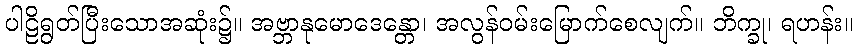
ပါဠိရွတ်ပြီးသောအဆုံး၌။ အဗ္ဘာနုမောဒေန္တော၊ အလွန်ဝမ်းမြောက်စေလျက်။ ဘိက္ခု၊ ရဟန်း။